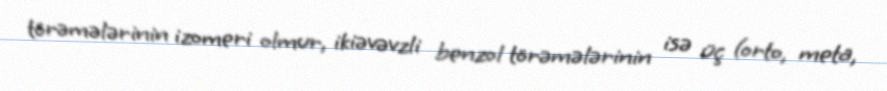
törəmələrinin izomeri olmur, ikiəvəvzli benzol törəmələrinin isə üç (orto, meta,